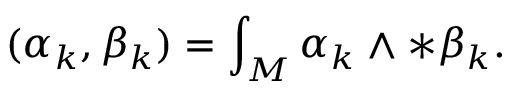
( \alpha _ { k } , \beta _ { k } ) = \int _ { M } \alpha _ { k } \wedge * \beta _ { k } .